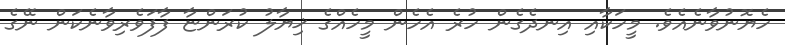
ހެޔޮނުވާނެއެވެ. މީހަކާއި އިނދެގެން ހުރެ އެހެން މީހެއްގެ ޚިޔާލު ކުރަންޏާ ފާފަވެރިވާނެކަން ނޭގެ